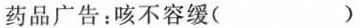
药品广告：咳不容缓()